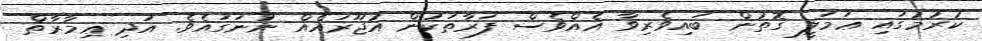
ކުރުމުގައި ޢަމަލީ ގޮތުން ބައިވެރިވާ އެއްވެސް ފަރާތަކުން އުޖޫރައެއް ނުނަގައެވެ. އަދި ޢިމާރާތް